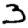
Digit: 3